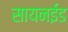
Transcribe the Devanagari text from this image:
सायनईड